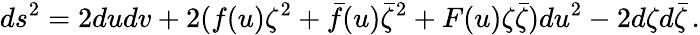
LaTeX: ds^{2}=2dudv+2(f(u)\zeta^{2}+\bar{f}(u)\bar{\zeta}^{2}+F(u)\zeta\bar{\zeta})du^{2}-2d\zeta d\bar{\zeta}\, .